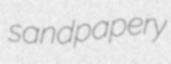
sandpapery